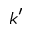
k ^ { \prime }